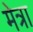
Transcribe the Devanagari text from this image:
मेत्रा